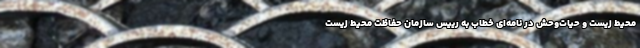
محیط زیست و حیات‌وحش در نامه‌ای خطاب به رییس سازمان حفاظت محیط زیست